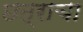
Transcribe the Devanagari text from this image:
छत्राचा